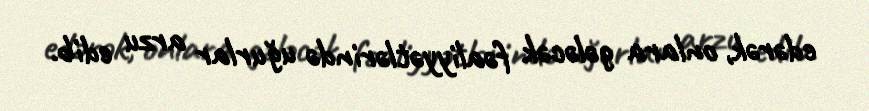
edərək, onlara gələcək fəaliyyətlərində uğurlar arzu edib.